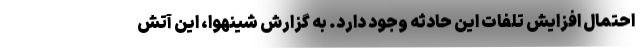
احتمال افزایش تلفات این حادثه وجود دارد. به گزارش شینهوا، این آتش